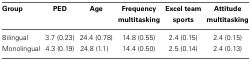
| Group | PED | Age | Frequency multitasking | Excel team sports | Attitude multitasking |
 | --- | --- | --- | --- | --- | --- |
 | Bilingual | 3.7 (0.23) | 24.4 (0.78) | 14.8 (0.55) | 2.4 (0.15) | 2.4 (0.15) |
 | Monolingual | 4.3 (0.19) | 24.8 (1.1) | 14.4 (0.50) | 2.5 (0.14) | 2.4 (0.13) |